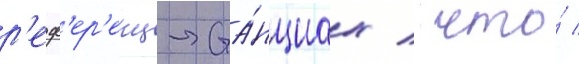
р'еф'ер'енц-ста́нциах / что́ /